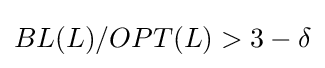
BL(L)/OPT(L)>3-\delta